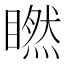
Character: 𥊶